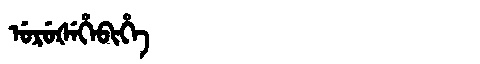
Manchu: ᡠᡵᡠᡧᡝᡥᡝᠪᡳᡥᡝ
Romanization: URUŠEHEBIHE